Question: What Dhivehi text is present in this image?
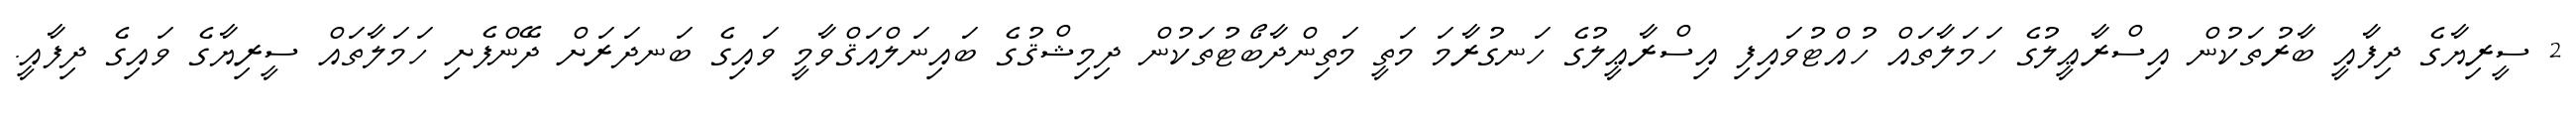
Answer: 2 ސީރިޔާގެ ދިފާއީ ބާރުތަކުން އިސްރާޢީލުގެ ހަމަލާތައް ހުއްޓުވައިފި އިސްރާޢީލުގެ ހަނގުރާމަ މަތީ މަތިންދާބޯޓުތަކުން ދިމިޝްޤުގެ ބައިނަލްއަޤްވާމީ ވައިގެ ބަނދަރަށް ދޭންފެށި ހަމަލާތައް ސީރިޔާގެ ވައިގެ ދިފާއީ.